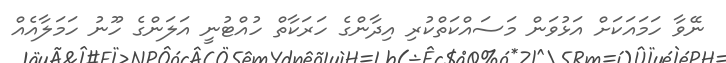
ނޭވާ ހަމައަކަށް އަޅުވަން މަސައްކަތްކުރި އިދާންގެ ހަރަކާތް ހުއްޓުނީ އަލަންގެ ހޫނު ހަމަލާއެއް